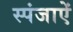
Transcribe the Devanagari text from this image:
स्पंजाऐं